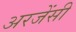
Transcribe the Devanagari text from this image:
अरजेंसी